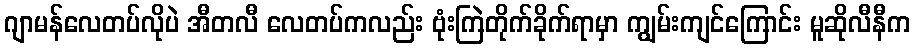
ဂျာမန်လေတပ်လိုပဲ အီတလီ လေတပ်ကလည်း ဗုံးကြဲတိုက်ခိုက်ရာမှာ ကျွမ်းကျင်ကြောင်း မူဆိုလီနီက